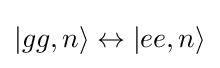
|gg,n\rangle \leftrightarrow |ee,n\rangle